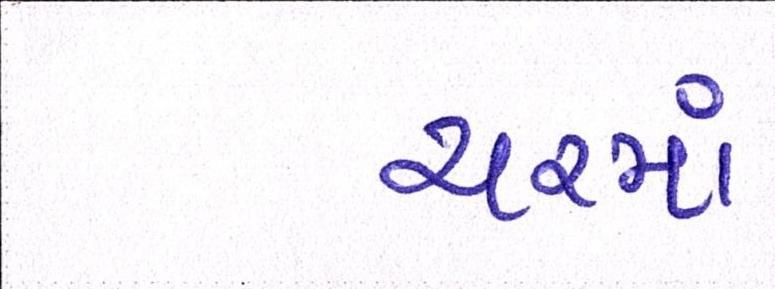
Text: યરમાં